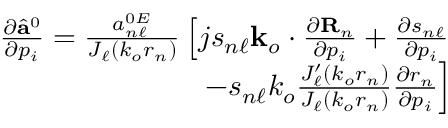
\begin{array} { r } { \frac { \partial \hat { \mathbf { a } } ^ { 0 } } { \partial p _ { i } } = \frac { a _ { n \ell } ^ { 0 E } } { J _ { \ell } \left( k _ { o } r _ { n } \right) } \left[ j s _ { n \ell } \mathbf { k } _ { o } \cdot \frac { \partial \mathbf { R } _ { n } } { \partial p _ { i } } + \frac { \partial s _ { n \ell } } { \partial p _ { i } } \right. } \\ { \left. - s _ { n \ell } k _ { o } \frac { J _ { \ell } ^ { \prime } \left( k _ { o } r _ { n } \right) } { J _ { \ell } \left( k _ { o } r _ { n } \right) } \frac { \partial r _ { n } } { \partial p _ { i } } \right] } \end{array}